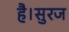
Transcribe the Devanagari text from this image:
है।सुरज